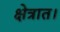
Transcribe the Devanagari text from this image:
क्षेत्रात।